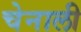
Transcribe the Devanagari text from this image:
चेनाली